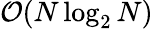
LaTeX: \mathcal{O}(N\log_{2}N)